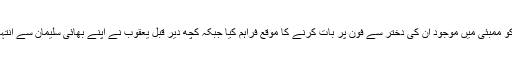
جیل حکام نے یعقوب میمن کو ممبئی میں موجود ان کی دختر سے فون پر بات کرنے کا موقع فراہم کیا جبکہ کچھ دیر قبل یعقوب نے اپنے بھائی سلیمان سے انتہائی جذباتی ملاقات کی تھی ۔